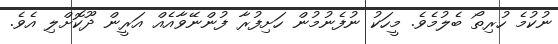
ނުކުމެ ހުރިތޯ ބެލުމެވެ. މީހަކު ނުފެނުމުން ހަށިފުރާ ފުންނޭވާއެއް އަރީން ދޫކޮށްލި އެވެ.